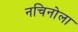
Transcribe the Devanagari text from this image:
नचिनोला